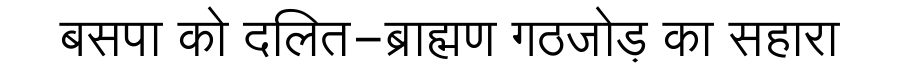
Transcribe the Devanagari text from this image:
बसपा को दलित-ब्राह्मण गठजोड़ का सहारा